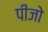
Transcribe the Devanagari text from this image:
पीजो